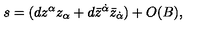
s = ( d z ^ { \alpha } z _ { \alpha } + d \bar { z } ^ { \dot { \alpha } } \bar { z } _ { \dot { \alpha } } ) + O ( B ) ,